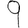
Digit: 9